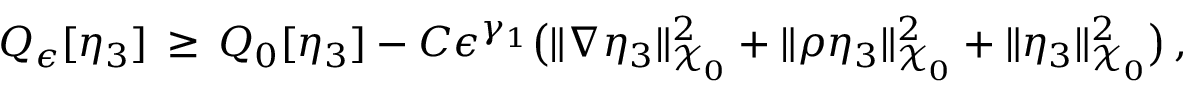
Q _ { \epsilon } [ \eta _ { 3 } ] \, \ge \, Q _ { 0 } [ \eta _ { 3 } ] - C \epsilon ^ { \gamma _ { 1 } } \bigl ( \| \nabla \eta _ { 3 } \| _ { \mathcal { X } _ { 0 } } ^ { 2 } + \| \rho \eta _ { 3 } \| _ { \mathcal { X } _ { 0 } } ^ { 2 } + \| \eta _ { 3 } \| _ { \mathcal { X } _ { 0 } } ^ { 2 } \bigr ) \, ,